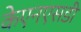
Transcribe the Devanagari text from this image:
केएनएसडी